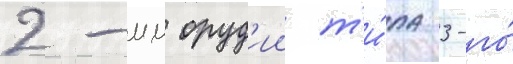
2-мм оруд'ии т'и́па 3-го́